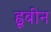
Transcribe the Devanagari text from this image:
ह्रूबीन